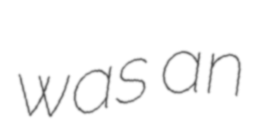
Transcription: was an